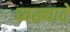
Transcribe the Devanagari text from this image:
व्यख्याते